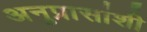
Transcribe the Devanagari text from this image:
अनुप्रासांशी